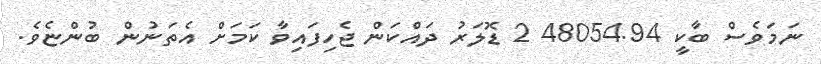
ނަމަވެސް ބާކީ 48054.94 2 ޑޮލަރު ދައްކަން ޖެހިފައިވާ ކަމަށް އެތަނުން ބުންޏެވެ.